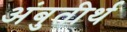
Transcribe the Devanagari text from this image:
अंबुतीर्थ